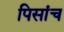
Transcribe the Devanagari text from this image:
पिसांच